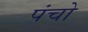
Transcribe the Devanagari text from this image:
पंचो